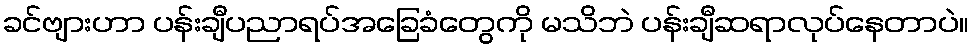
ခင်ဗျားဟာ ပန်းချီပညာရပ်အခြေခံတွေကို မသိဘဲ ပန်းချီဆရာလုပ်နေတာပဲ။